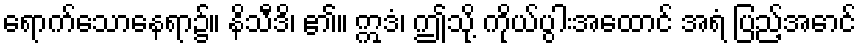
ရောက်သောနေရာ၌။ နိသီဒိ၊ ၏။ ဣဒံ၊ ဤသို့ ကိုယ်ပွါးအထောင် အရံ ပြည့်အောင်